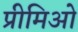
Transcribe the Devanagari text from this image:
प्रीमिओ